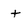
Character: t